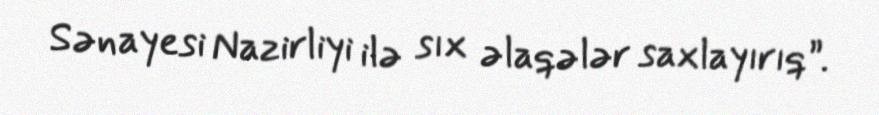
Sənayesi Nazirliyi ilə sıx əlaqələr saxlayırıq”.